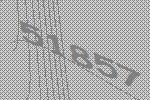
51857